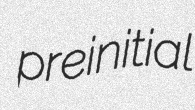
preinitial